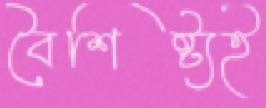
বৈশিষ্ট্যই